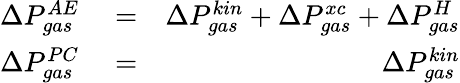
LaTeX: \begin{array}{rlr}{\Delta P_{gas}^{AE}}&{{}=}&{\Delta P_{gas}^{kin}+\Delta P_{gas}^{xc}+\Delta P_{gas}^{H}}\\ {\Delta P_{gas}^{PC}}&{{}=}&{\Delta P_{gas}^{kin}}\end{array}